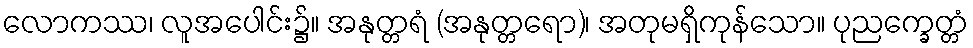
လောကဿ၊ လူအပေါင်း၌။ အနုတ္တရံ (အနုတ္တရော)၊ အတုမရှိကုန်သော။ ပုညက္ခေတ္တံ